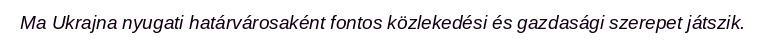
Ma Ukrajna nyugati határvárosaként fontos közlekedési és gazdasági szerepet játszik.